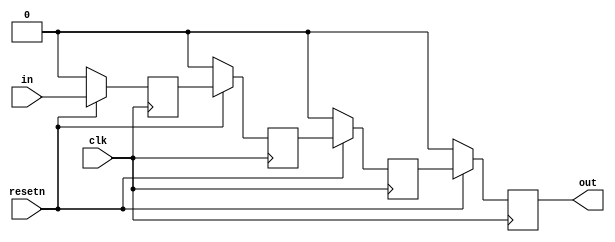
module top_module (
    input clk,
    input resetn,   // synchronous reset
    input in,
    output out);
    
    reg q0,q1,q2=0;
    always@(posedge clk) begin
      if(~resetn) begin //active low reset
            out<=1'b0;
            //wrong output if not reset to 0
        	//q0,q1,q2=0; //wrong syntax
            q0<=1'b0;q1<=1'b0;q2<=1'b0;
        end
        else begin
            q0<=in;
            q1<=q0;
            q2<=q1;
            out<=q2;
        end 
    end

endmodule